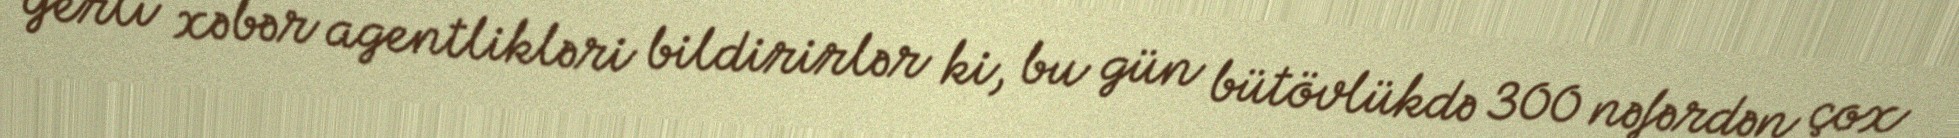
Yerli xəbər agentlikləri bildirirlər ki, bu gün bütövlükdə 300 nəfərdən çox